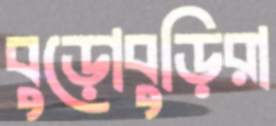
বুড়োবুড়িরা